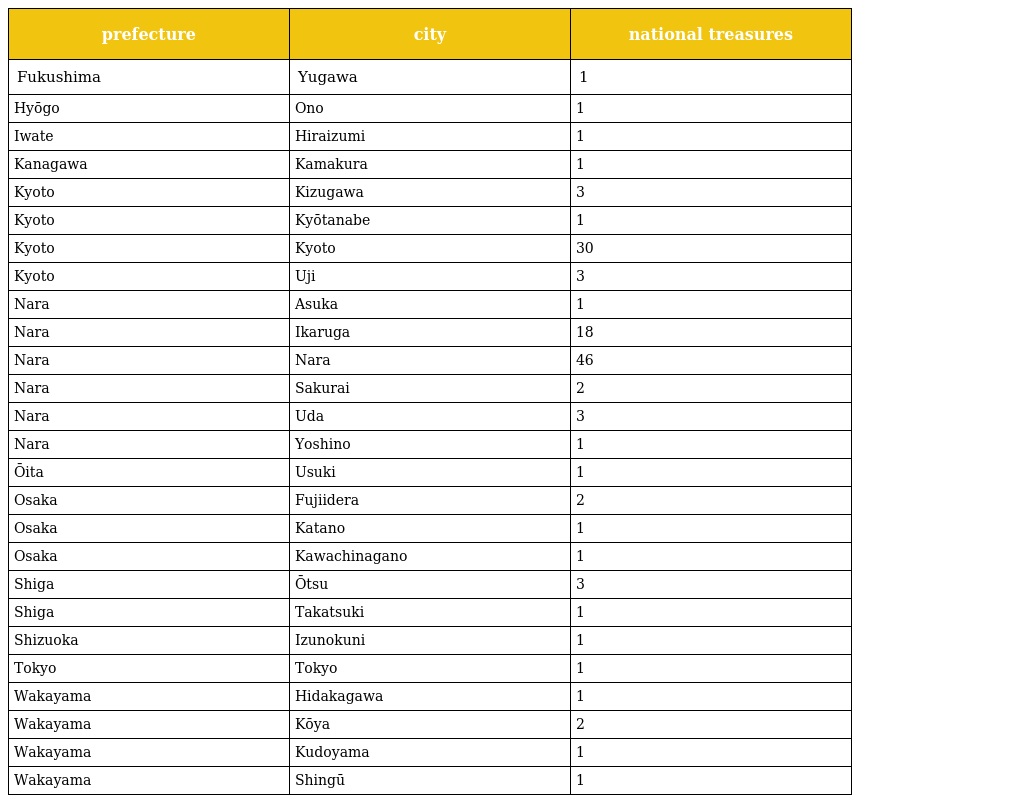
| prefecture | city | national treasures |
 | --- | --- | --- |
 | Fukushima | Yugawa | 1 |
 | Hyōgo | Ono | 1 |
 | Iwate | Hiraizumi | 1 |
 | Kanagawa | Kamakura | 1 |
 | Kyoto | Kizugawa | 3 |
 | Kyoto | Kyōtanabe | 1 |
 | Kyoto | Kyoto | 30 |
 | Kyoto | Uji | 3 |
 | Nara | Asuka | 1 |
 | Nara | Ikaruga | 18 |
 | Nara | Nara | 46 |
 | Nara | Sakurai | 2 |
 | Nara | Uda | 3 |
 | Nara | Yoshino | 1 |
 | Ōita | Usuki | 1 |
 | Osaka | Fujiidera | 2 |
 | Osaka | Katano | 1 |
 | Osaka | Kawachinagano | 1 |
 | Shiga | Ōtsu | 3 |
 | Shiga | Takatsuki | 1 |
 | Shizuoka | Izunokuni | 1 |
 | Tokyo | Tokyo | 1 |
 | Wakayama | Hidakagawa | 1 |
 | Wakayama | Kōya | 2 |
 | Wakayama | Kudoyama | 1 |
 | Wakayama | Shingū | 1 |